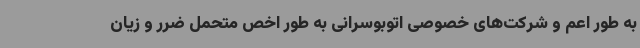
به طور اعم و شرکت‌های خصوصی اتوبوسرانی به طور اخص متحمل ضرر و زیان